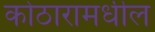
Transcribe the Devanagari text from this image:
कोठारामधील